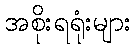
အစိုးရရုံးများ